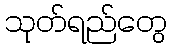
သုတ်ရည်တွေ